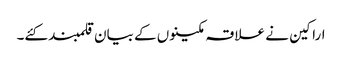
اراکین نے علاقہ مکینوں کے بیان قلمبند کئے۔